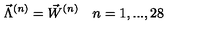
{ \vec { \Lambda } } ^ { ( n ) } = { \vec { W } } ^ { ( n ) } \quad n = 1 , . . . , 2 8